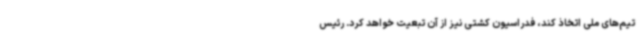
تیم‌های ملی اتخاذ کند، فدراسیون کشتی نیز از آن تبعیت خواهد کرد. رئیس